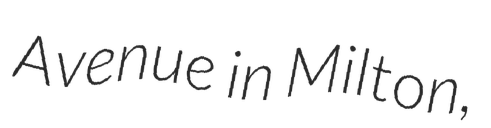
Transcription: Avenue in Milton,